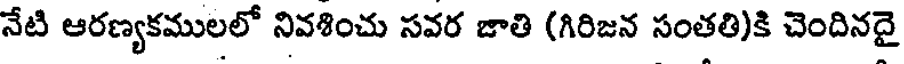
నేటి ఆరణ్యకములలో నివశించు సవర జాతి (గిరిజన సంతతి)కి చెందినదై